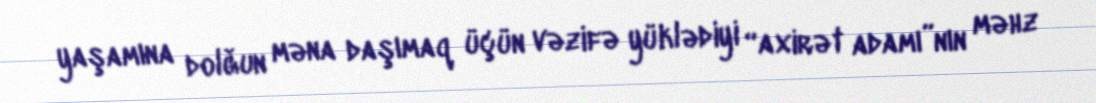
yaşamına dolğun məna daşımaq üçün vəzifə yüklədiyi “axirət adamı”nın məhz